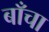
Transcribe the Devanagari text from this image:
बाँचा